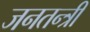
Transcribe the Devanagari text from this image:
जनतन्त्री